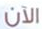
الآن